[Report on the health of British troops in the Madras command]
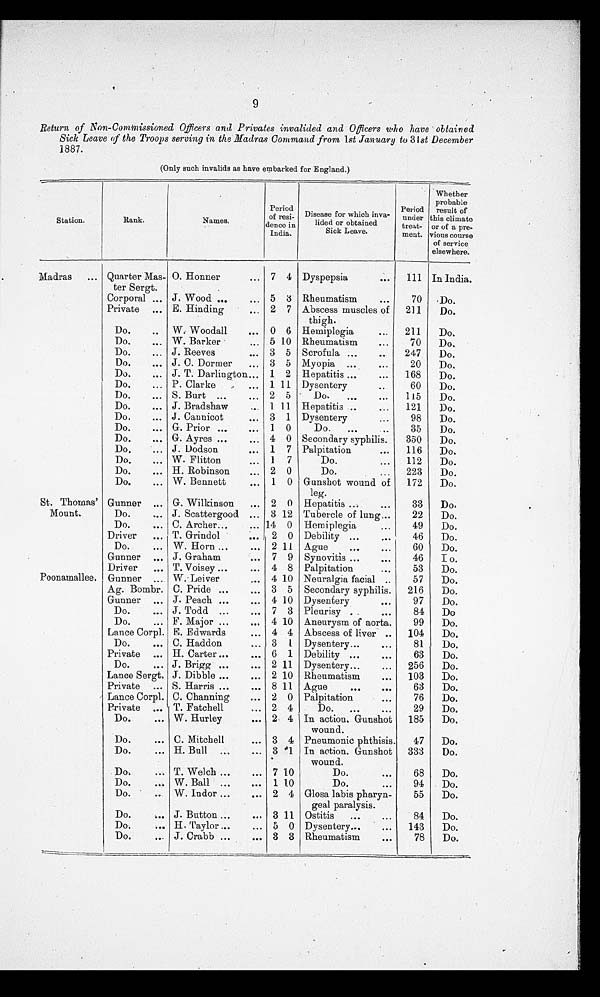
9
Return of Non-Commissioned Officers and Privates 'invalided and Officers who have obtained
Sick Leave of the Troops serving in the Madras Command from 1st January to 3 I st December
1887.
(Only such invalids as have embarked for England.)
Station.
Rank.
Names.
Period
of resi-
deuce in
India.
Disease for which nva-
Tided or obtained
Sick Leave.
Period
under
t r e a t -
ment.
Whether
probable
result of
this climate
or of a pre-
vious course
of service
elsewhere.
or of a pre-
Madras
... Quarter Mas-
ter Sergt.
0. Honner
. .
7 4 Dyspepsia
...
111 In India.
Corporal ... J. Wood ...
5 3 Rheumatism
. . .
70
.Do.
Private ... E. Hinding
.
2 7 Abscess muscles of
thigh.
211
Do.
Do.
W. Woodall
... 0 6 Hemiplegia
...
211
Do.
Do,
W. Barker
,.. 5 10 Rheumatism
...
70
Do.
Do.
... J. Reeves
3 5 Scrofula ...
247
Do.
Do.
... J. C. Dormer
... 3 5 Myopia ...
. . .
20
Do.
Do.
... J. T. Darlington... 1 2 Hepatitis ...
.
168
Do.
Do.
... P. Clarke
... 1 11 Dysentery
..
60
Do.
Do.
..,
Do.
...
S. Burt ...
...
J. Bradshaw
...
2 5
1 11
Do.
..
...
Hepatitis ..
...
115
121
Do.
Do.
Do,
... J. Cannicot
... 3 1 Dysentery
98
Do.
Do.
... G. Prior ...
... 1 0
Do.
...
..
35
Do.
Do.
...
Do.
.
G. Ayres ...
...
.
J Dodson
.
4 0
1 7
Secondary syphilis.
Palpitation
. . .
350
116
Do,
Do.
Do.
... W . Flitton
..
1 7
Do.
...
112
Do.
Do.
... H. Robinson
2 0
Do.
...
223
Do.
Do.
. W. Bennett
... 1 0 Gunshot wound of
leg.
172
Do.
St. Thomas' Gunner ... G. Wilkinson
... 2 0 Hepatitis ..
...
33
Do.
Mount.
Do.
...
Do.
...
J. Scattergood ...
C. Archer...
...
3 12
14 0
Tubercle of lung...
Hemiplegia
..
22
49
Do,
Do.
Driver
,. T. Grindol
2 0 Debility ...
...
46
Do.
Do.
... W. Horn ...
2 11 Ague... . .
60
Do,
Gunner ... J. Graham
... 7 9 Synovitis ...
46
I o.
Driver
... T. Voisey ...
. 4 8 Palpitation
...
53
Do.
Poonamallee. Gunner ... W.. Leiver
4 10 Neuralgia facial ..
57
Do.
Ag. Bombr.
Gunner ...
C. Pride ...
J. Peach ...
3 5
4 10
Secondary syphilis.
Dysentery
...
216
97
Do,
Do.
Do.
... J. Todd ...
7 3 Pleurisy .
.
84
Do
Do.
... F. Major ...
... 4 10 Aneurysm of aorta.
99
Do.
Lance Corpl. E. Edwards
... 4 4 Abscess of liver ..
104
Do.
Do.
... C. Haddon
... 3 1 Dysentery...
...
81
Do.
Private ... H. Carter ...
... 6 1 Debility ...
. . .
63
Do.
Do.
... J. Brigg ...
... 2 11 Dysentery...
...
256
Do.
Lance Sergt. J. Dibble ...
... 2 10 Rheumatism
...
103
Do.
Private ... S. Harris ...
... 8 11 Ague
...
63
Do.
Lance Corpl. C. Channing
... 2 0 Palpitation
. . .
76
Do.
Private ... T. Fatchell
... 2 4
Do.
,..
. . .
29
Do.
Do.
... W. Hurley
... 2 4 In action. Gunshot
wound.
185
Do,
Do.
.
C. Mitchell
... 3 4 Pneumonic phthisis.
47
Do.
Do.
... H. Bull ...
... 3 1 In action. Gunshot
wound.
333
Do.
Do.
T. Welch ...
... 7 10
Do.
68
Do.
Do.
... W. Ball ...
... 1 10
Do.
. . .
94
Do.
Do.
. . .
W. Indor ...
. 2 4 Glosa labis pharyn-
geal paralysis.
55
Do.
Do.
... J. Button ...
... 3 11 Ostitis
...
...
84
Do.
Do.
... H. Taylor ...
... 5 0 Dysentery...
...
143
Do.
Do.
. J. Crabb ...
... 3 3 Rheumatism
. . .
78
Do.